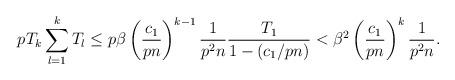
LaTeX: \begin{align*}p T_{k} \sum_{l=1}^{k}T_l \leq p \beta \left( \frac{c_1}{pn} \right)^{k-1} \frac{1}{p^2n} \frac{T_1}{1-(c_1/pn)}<\beta^2 \left( \frac{c_1}{pn} \right)^{k} \frac{1}{p^2n}.\end{align*}